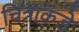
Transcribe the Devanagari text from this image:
चित्राकडे